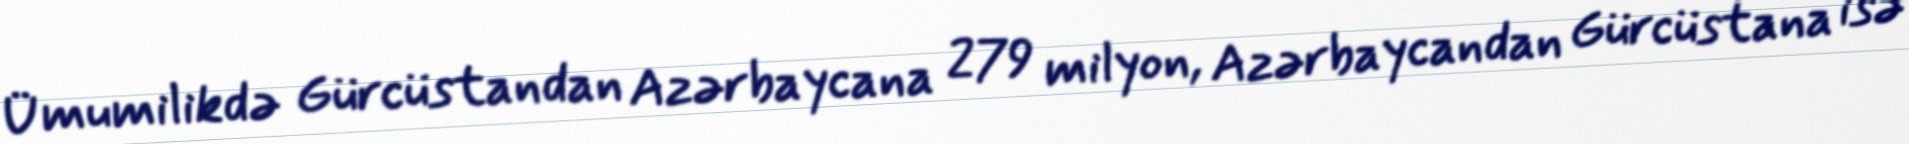
Ümumilikdə Gürcüstandan Azərbaycana 279 milyon, Azərbaycandan Gürcüstana isə